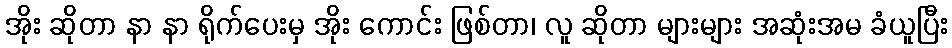
အိုး ဆိုတာ နာ နာ ရိုက်ပေးမှ အိုး ကောင်း ဖြစ်တာ၊ လူ ဆိုတာ များများ အဆုံးအမ ခံယူပြီး